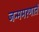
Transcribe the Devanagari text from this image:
जन्ममरणातें